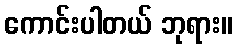
ကောင်းပါတယ် ဘုရား။